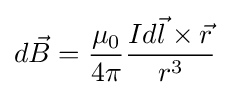
d{\vec {B}}={\frac {\mu _{0}}{4\pi }}{\frac {Id{\vec {l}}\times {\vec {r}}}{r^{3}}}